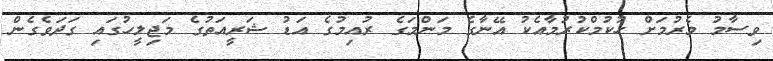
ވިސާމު މެރުމަށް ހުކުމްކުރުމާއެކު އޭނާގެ މަންމަގެ ރުއިމުގެ އަޑު ޝަރީއަތުގެ މަޖިލީހުގައި ގަދަވެގެން